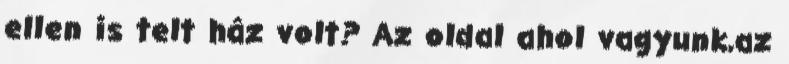
ellen is telt ház volt? Az oldal ahol vagyunk,az